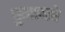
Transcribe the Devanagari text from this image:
कुटायचे